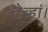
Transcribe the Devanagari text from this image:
तेव्हां।